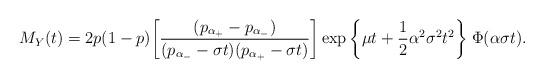
LaTeX: \begin{align*}M_{Y}(t) = 2p(1-p) \bigg[ \frac{(p_{\alpha_{+}} -p_{\alpha_{-}})}{(p_{\alpha_{-}} - \sigma t)(p_{\alpha_{+}}-\sigma t)} \bigg]\exp\bigg\{ \mu t +\frac{1}{2} \alpha^{2}\sigma^{2} t^{2}\bigg\} \; \Phi(\alpha \sigma t) .\end{align*}